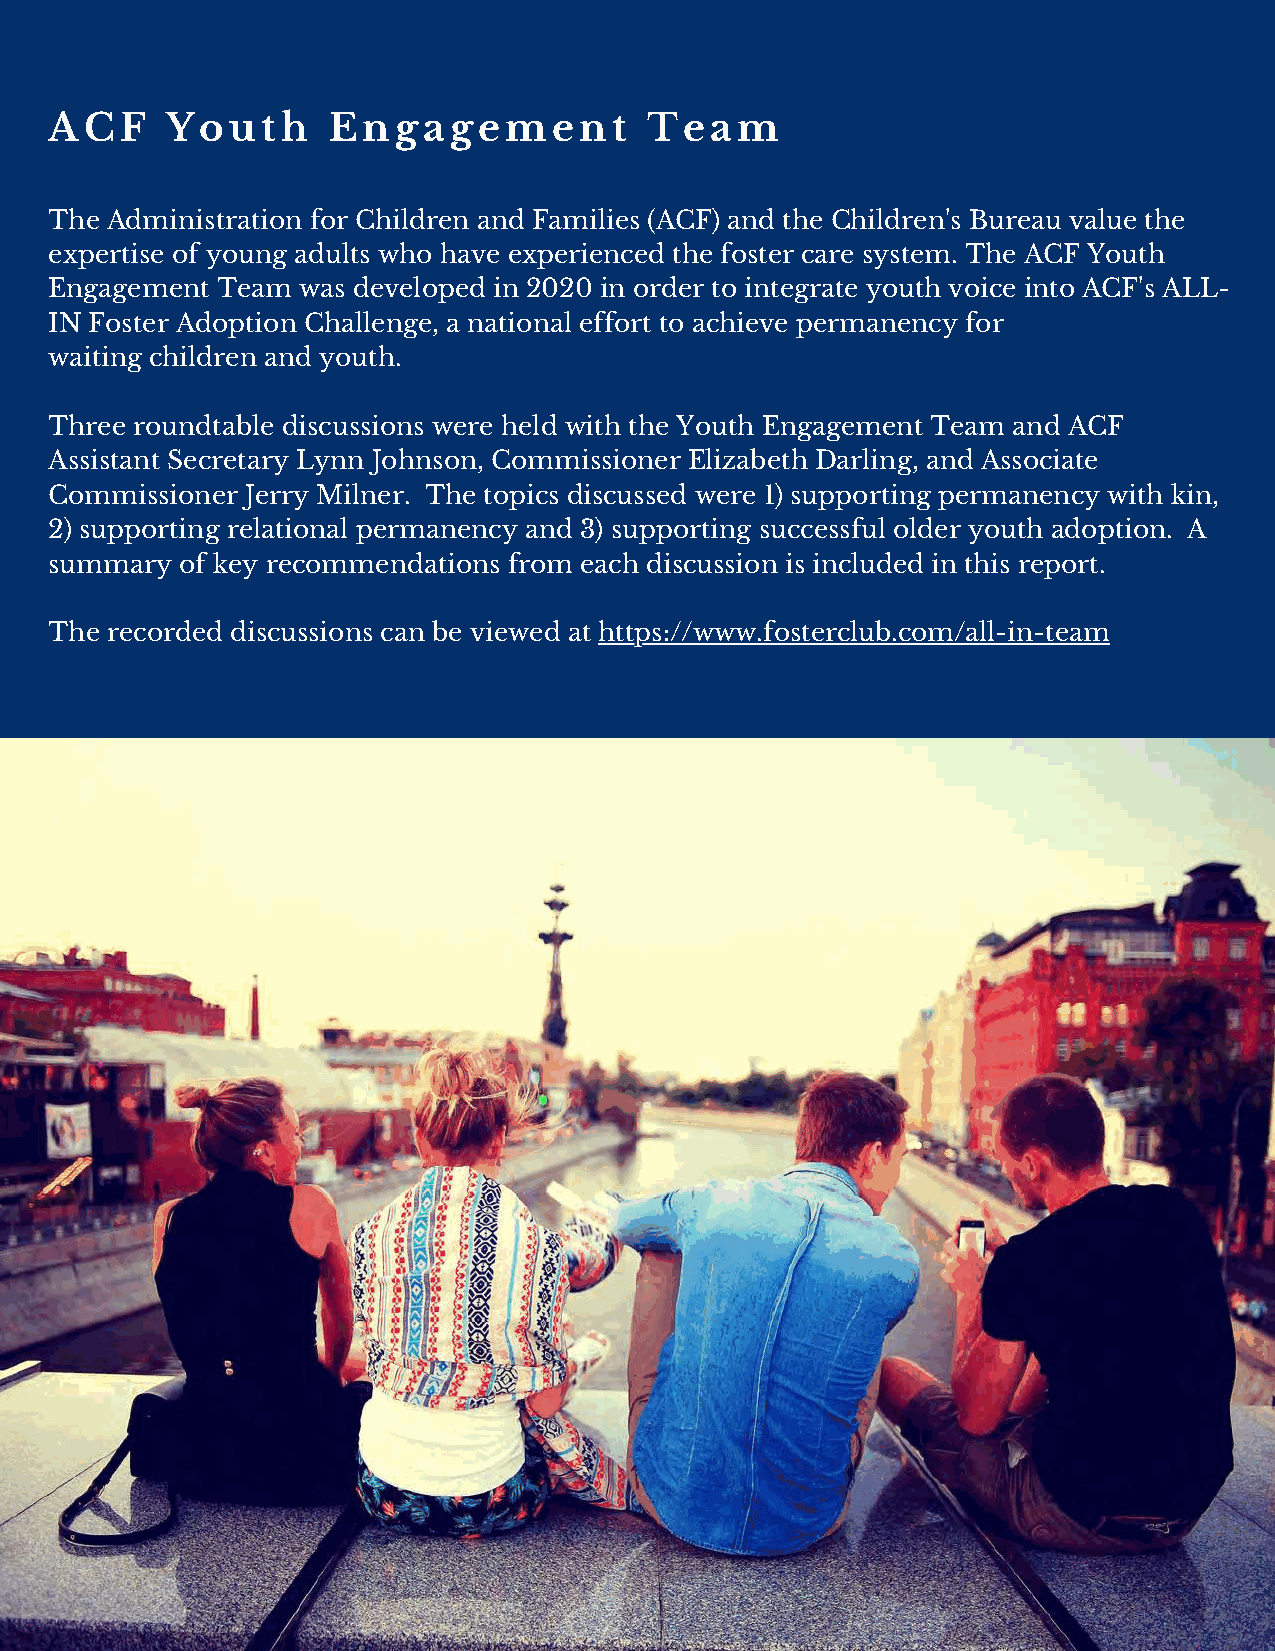
ACF     Youth      Engagement           Team
 The Administration for Children and Families (ACF) and the Children's Bureau value the
 expertise of young adults who have experienced the foster care system. The ACF Youth
 Engagement Team  was developed in 2020 in order to integrate youth voice into ACF's ALL-
 IN Foster Adoption Challenge, a national effort to achieve permanency for
 waiting children and youth.
 Three roundtable discussions were held with the Youth Engagement Team and ACF
 Assistant Secretary Lynn Johnson, Commissioner Elizabeth Darling, and Associate
 Commissioner Jerry Milner. The topics discussed were 1) supporting permanency with kin,
 2) supporting relational permanency and 3) supporting successful older youth adoption. A
 summary  of key recommendations from each discussion is included in this report.
 The recorded discussions can be viewed at https://www.fosterclub.com/all-in-team